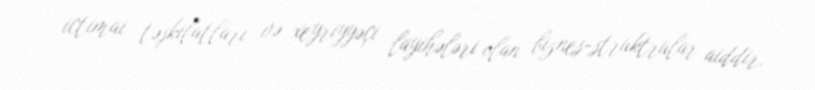
ictimai təşkilatları və xeyriyyəçi layihələri olan biznes-struktrular aiddir.